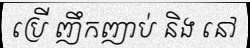
ប្រើ ញឹកញាប់ និង នៅ